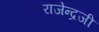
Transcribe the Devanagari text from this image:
राजेन्द्रजी